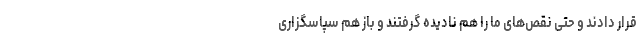
قرار دادند و حتی نقص‌های ما را هم نادیده گرفتند و باز هم سپاسگزاری